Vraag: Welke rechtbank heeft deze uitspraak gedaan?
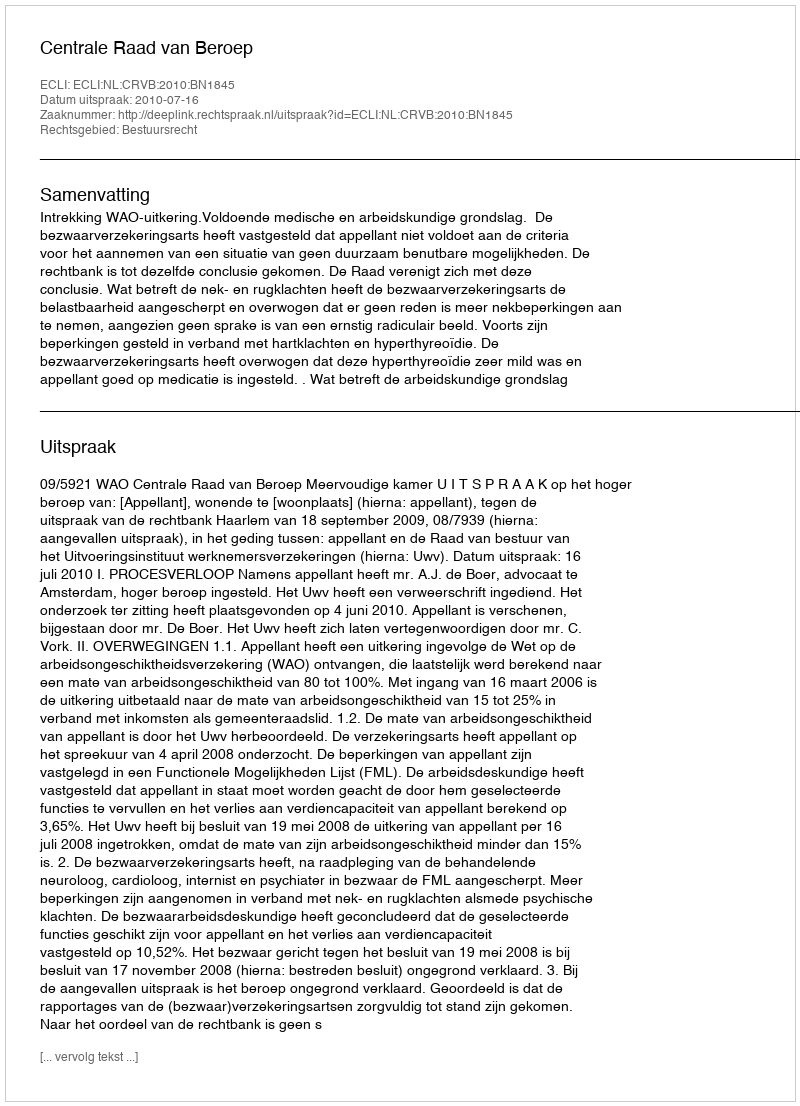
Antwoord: Centrale Raad van Beroep